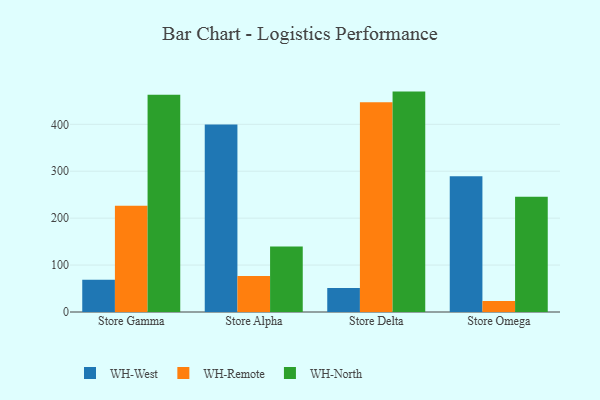
{"axis": {"x": "Store", "y": "Production Output"}, "legend": ["WH-North", "WH-Remote", "WH-West"], "data": [{"x": "Store Gamma", "y": 68.8, "type": "WH-West"}, {"x": "Store Gamma", "y": 226.6, "type": "WH-Remote"}, {"x": "Store Gamma", "y": 462.8, "type": "WH-North"}, {"x": "Store Alpha", "y": 399.5, "type": "WH-West"}, {"x": "Store Alpha", "y": 76.5, "type": "WH-Remote"}, {"x": "Store Alpha", "y": 139.5, "type": "WH-North"}, {"x": "Store Delta", "y": 51.0, "type": "WH-West"}, {"x": "Store Delta", "y": 447.1, "type": "WH-Remote"}, {"x": "Store Delta", "y": 469.7, "type": "WH-North"}, {"x": "Store Omega", "y": 289.2, "type": "WH-West"}, {"x": "Store Omega", "y": 23.7, "type": "WH-Remote"}, {"x": "Store Omega", "y": 245.6, "type": "WH-North"}]}